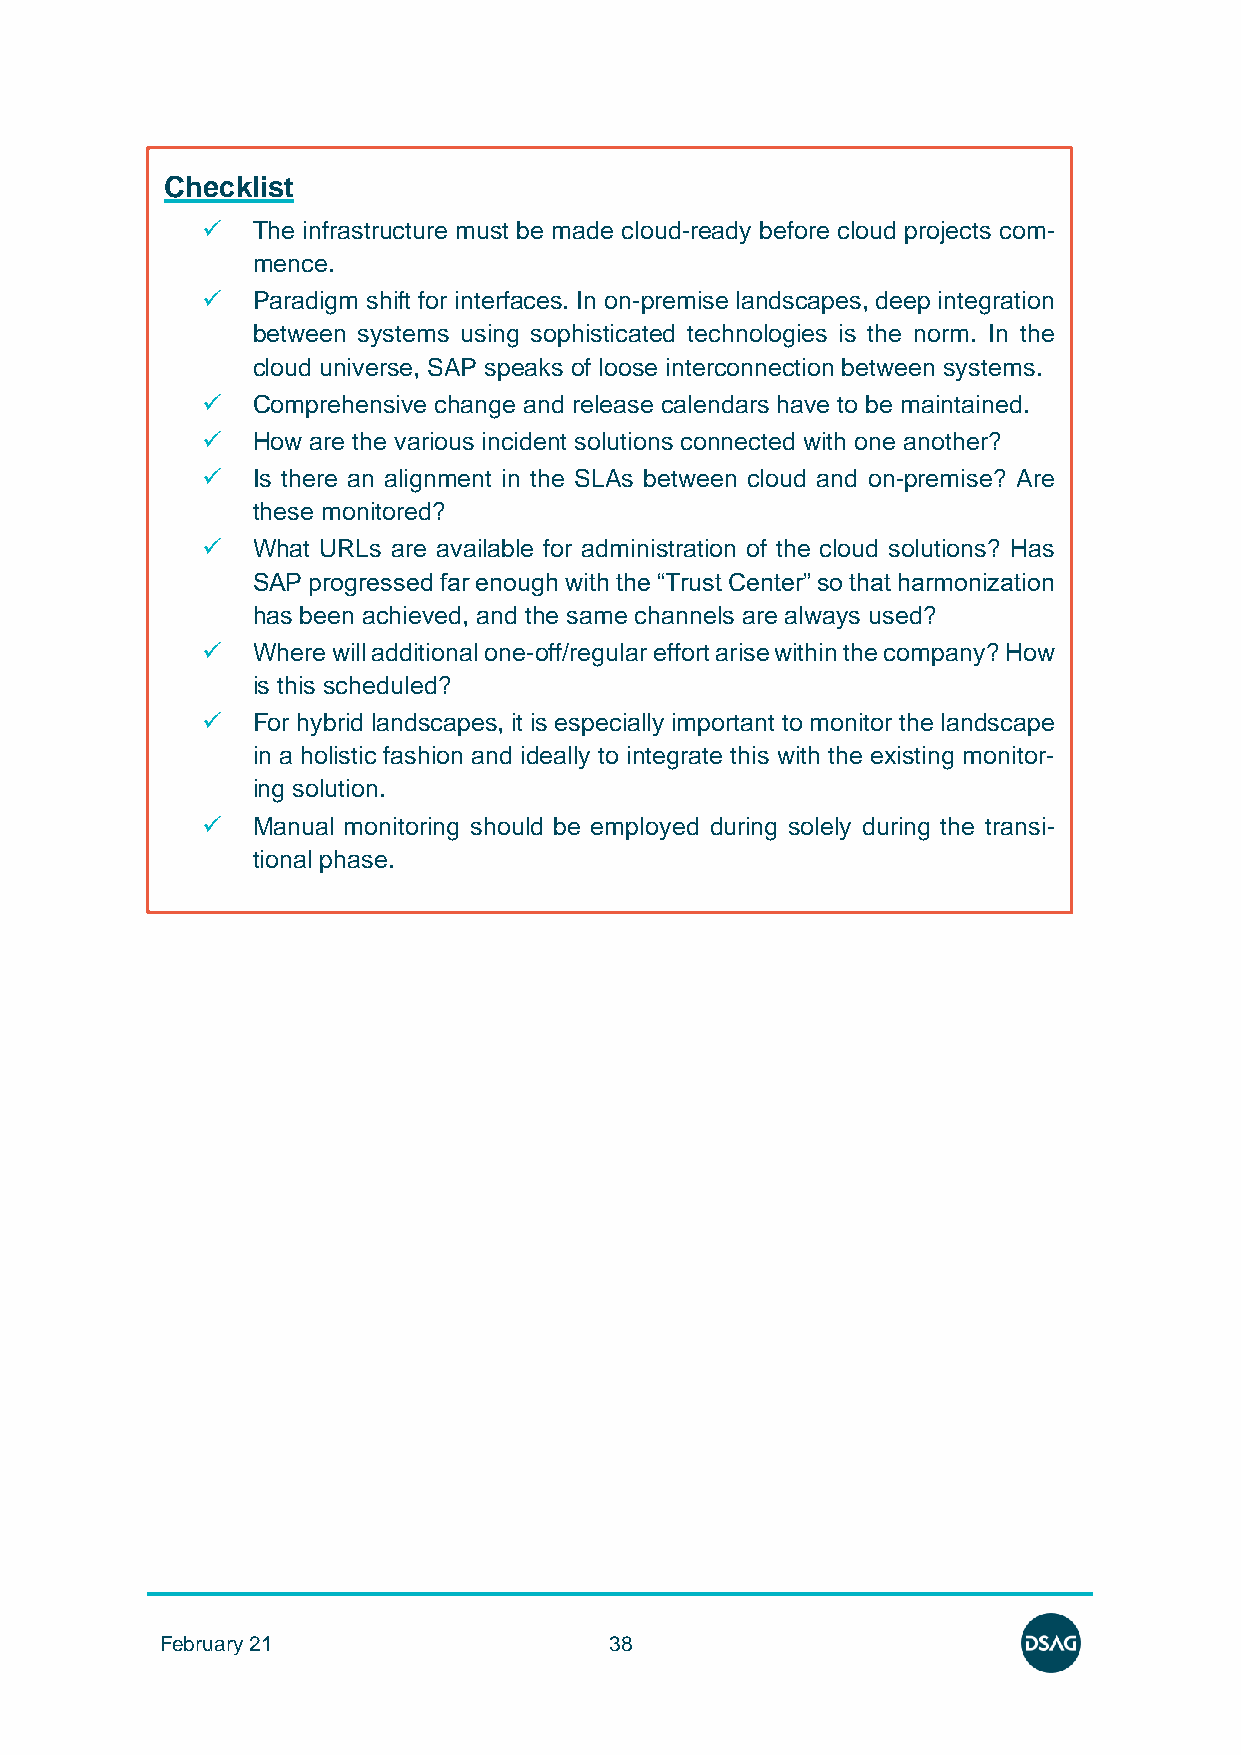
Checklist
 ✓   The infrastructure must be made cloud-ready before cloud projects com-
 mence.
 ✓   Paradigm shift for interfaces. In on-premise landscapes, deep integration
 between systems using sophisticated technologies is the norm. In the
 cloud universe, SAP speaks of loose interconnection between systems.
 ✓   Comprehensive change and release calendars have to be maintained.
 ✓   How are the various incident solutions connected with one another?
 ✓   Is there an alignment in the SLAs between cloud and on-premise? Are
 these monitored?
 ✓   What URLs are available for administration of the cloud solutions? Has
 SAP progressed far enough with the “Trust Center” so that harmonization
 has been achieved, and the same channels are always used?
 ✓   Where will additional one-off/regular effort arise within the company? How
 is this scheduled?
 ✓   For hybrid landscapes, it is especially important to monitor the landscape
 in a holistic fashion and ideally to integrate this with the existing monitor-
 ing solution.
 ✓   Manual monitoring should be employed during solely during the transi-
 tional phase.
 February 21                  38